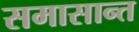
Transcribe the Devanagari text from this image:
समासान्त